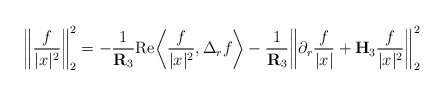
\begin{align*}\bigg\| \frac{f}{|x|^2} \bigg\|_{2}^2 = -\frac{1}{\mathbf{R}_{3}} \mathrm{Re} \bigg\langle \frac{f}{|x|^2} , \Delta_r f \bigg\rangle - \frac{1}{\mathbf{R}_{3}} \bigg\|\partial_r \frac{f}{|x|} + \mathbf{H}_{3} \frac{f}{|x|^2} \bigg\|_{2}^2\end{align*}